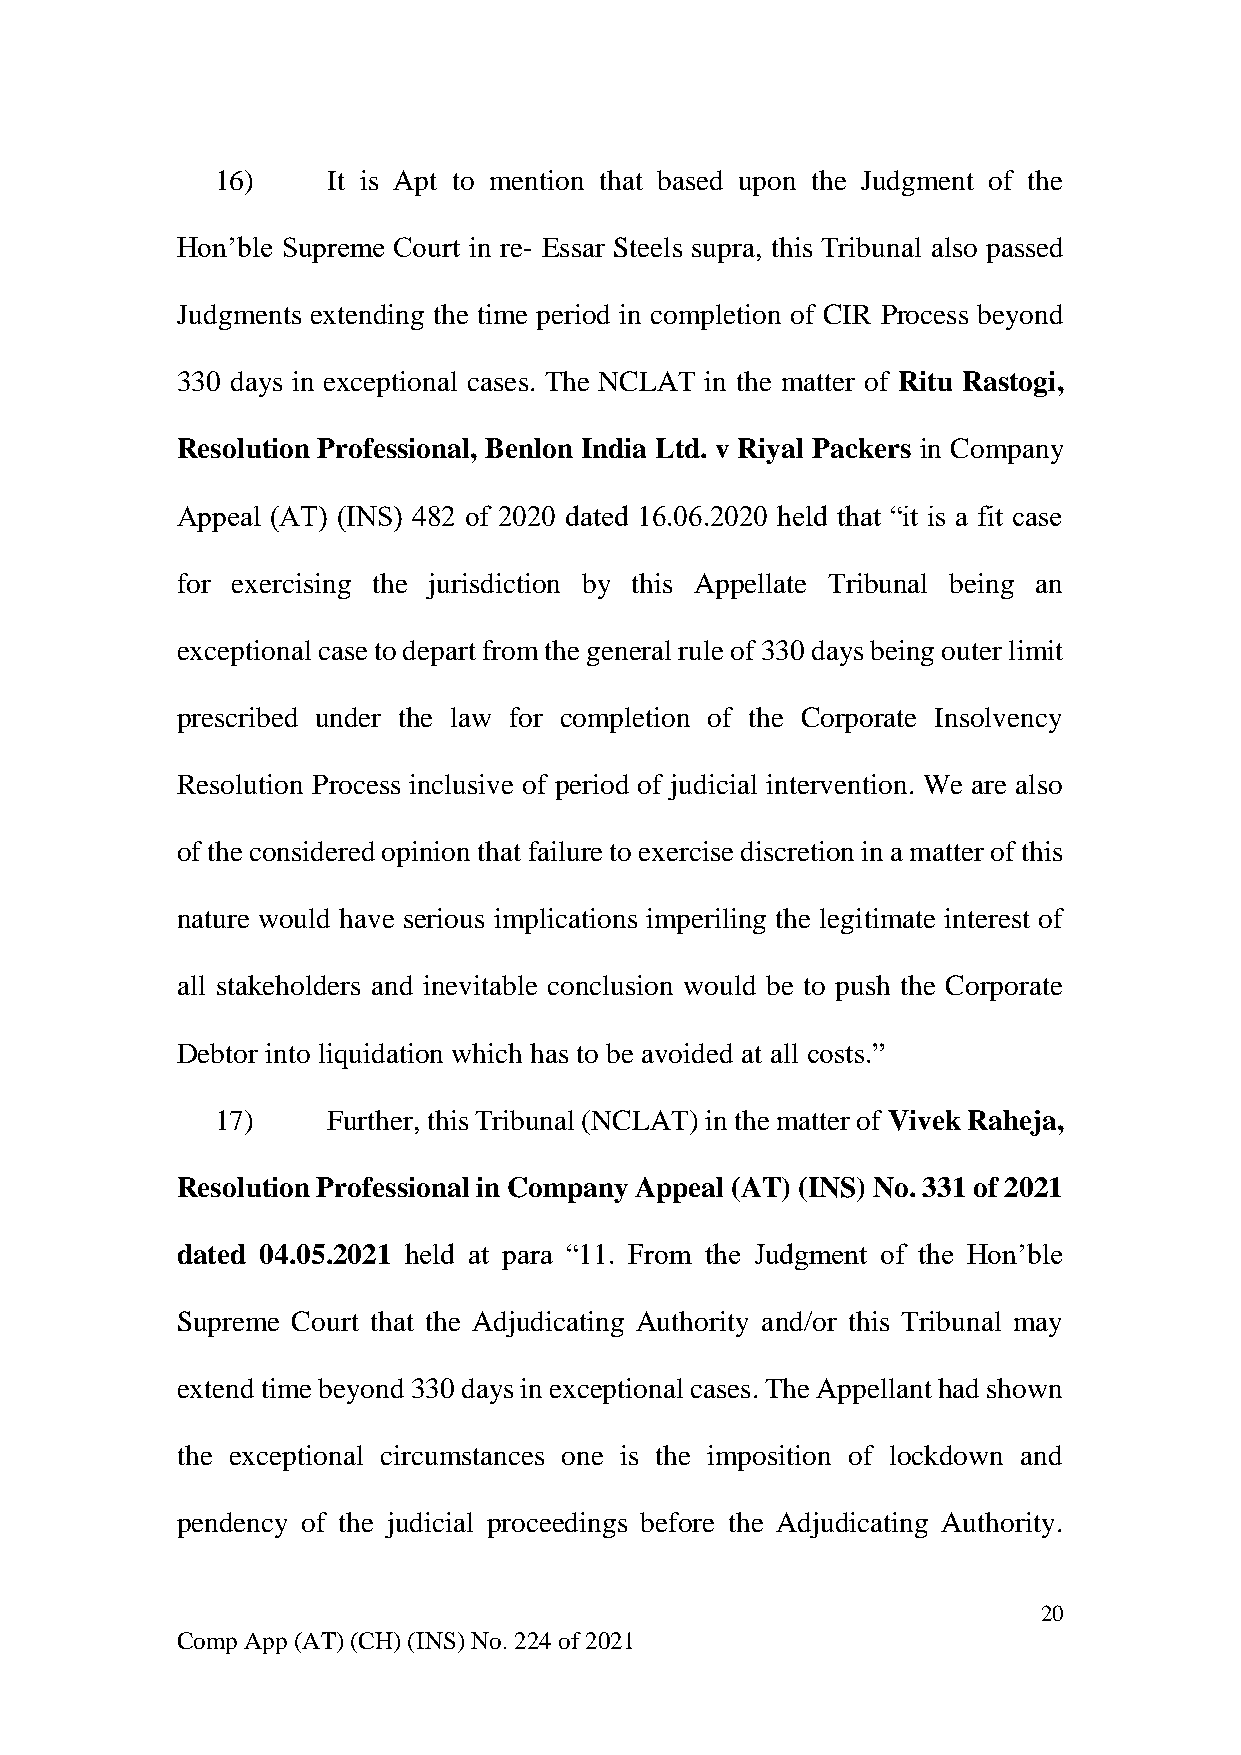
16)     It is Apt to mention that based upon the Judgment of the
 Hon’ble Supreme Court in re- Essar Steels supra, this Tribunal also passed
 Judgments extending the time period in completion of CIR Process beyond
 330 days in exceptional cases. The NCLAT in the matter of Ritu Rastogi,
 Resolution Professional, Benlon India Ltd. v Riyal Packers in Company
 Appeal (AT) (INS) 482 of 2020 dated 16.06.2020 held that “it is a fit case
 for exercising the jurisdiction by this Appellate Tribunal being an
 exceptional case to depart from the general rule of 330 days being outer limit
 prescribed under the law for completion of the Corporate Insolvency
 Resolution Process inclusive of period of judicial intervention. We are also
 of the considered opinion that failure to exercise discretion in a matter of this
 nature would have serious implications imperiling the legitimate interest of
 all stakeholders and inevitable conclusion would be to push the Corporate
 Debtor into liquidation which has to be avoided at all costs.”
 17)     Further, this Tribunal (NCLAT) in the matter of Vivek Raheja,
 Resolution Professional in Company Appeal (AT) (INS) No. 331 of 2021
 dated 04.05.2021 held at para “11. From the Judgment of the Hon’ble
 Supreme Court that the Adjudicating Authority and/or this Tribunal may
 extend time beyond 330 days in exceptional cases. The Appellant had shown
 the exceptional circumstances one is the imposition of lockdown and
 pendency of the judicial proceedings before the Adjudicating Authority.
 20
 Comp App (AT) (CH) (INS) No. 224 of 2021